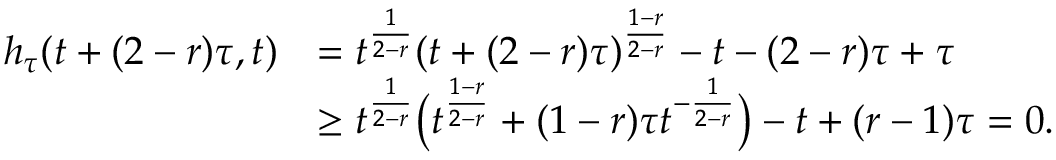
\begin{array} { r l } { h _ { \tau } ( t + ( 2 - r ) \tau , t ) } & { = t ^ { \frac { 1 } { 2 - r } } ( t + ( 2 - r ) \tau ) ^ { \frac { 1 - r } { 2 - r } } - t - ( 2 - r ) \tau + \tau } \\ & { \geq t ^ { \frac { 1 } { 2 - r } } \big ( t ^ { \frac { 1 - r } { 2 - r } } + ( 1 - r ) \tau t ^ { - \frac { 1 } { 2 - r } } \big ) - t + ( r - 1 ) \tau = 0 . } \end{array}